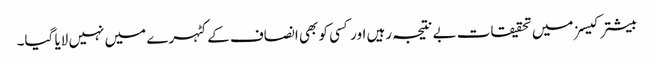
بیشتر کیسز میں تحقیقات بے نتیجہ رہیں اور کسی کو بھی انصاف کے کٹہرے میں نہیں لایا گیا۔